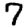
Digit: 7